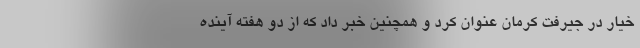
خیار در جیرفت کرمان عنوان کرد و همچنین خبر داد که از دو هفته آینده